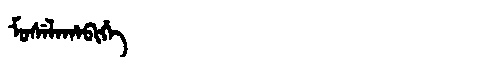
Manchu: ᠮᠣᠰᡝᠯᠠᡥᠠᠪᡳᡥᡝ
Romanization: MOSELAHABIHE